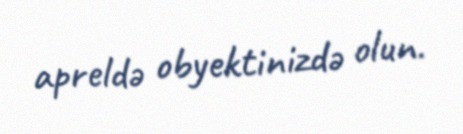
apreldə obyektinizdə olun.